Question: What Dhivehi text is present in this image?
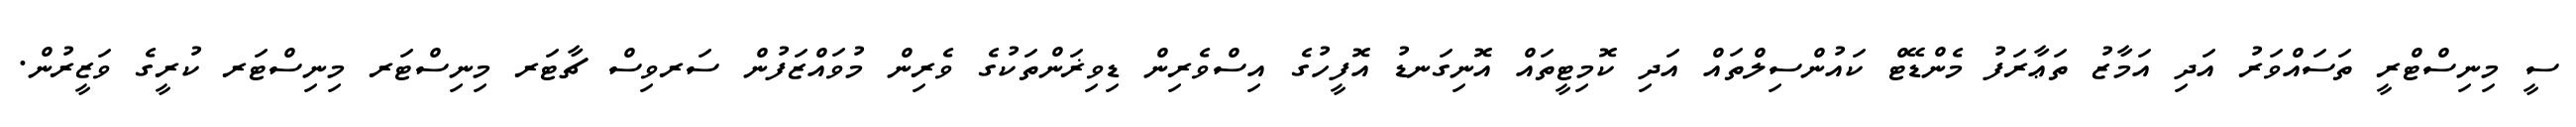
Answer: ސީ މިނިސްޓްރީ ތަސައްވަރު އަދި އަމާޒު ތަޢާރަފު މެންޑޭޓް ކައުންސިލްތައް އަދި ކޮމިޓީތައް އޮނިގަނޑު އޮފީހުގެ އިސްވެރިން ޑިވިޜަންތަކުގެ ވެރިން މުވައްޒަފުން ސަރވިސް ޗާޓަރ މިނިސްޓަރ މިނިސްޓަރ ކުރީގެ ވަޒީރުން.